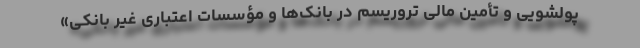
پولشویی و تأمین مالی تروریسم در بانک‌ها و مؤسسات اعتباری غیر بانکی»